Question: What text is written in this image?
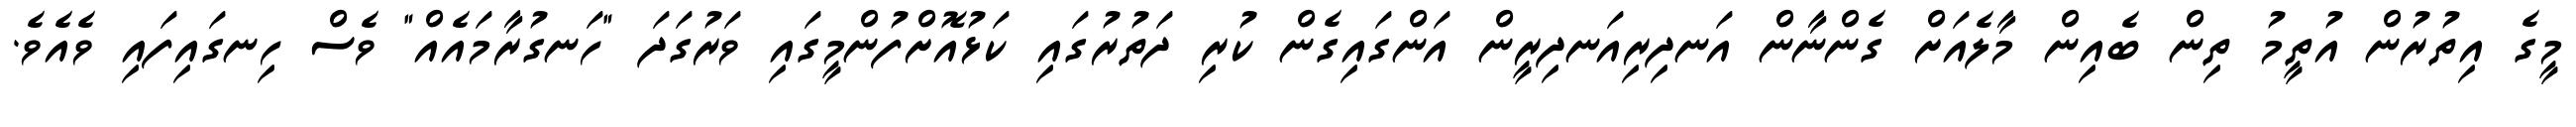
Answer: މީގެ އިތުރުން އުތީމު ތިން ބެއިން މާލެއަށް ގެންނާން އަނދިރިއަނދިރީން އަންގައިގެން ކުރި ދަތުރުގައި ކަޅުއޮށްފުންމީގައި ވަރުގަދަ "ހަނގުރާމައެއް" ވެސް ހިނގައިފައި ވެއެވެ.